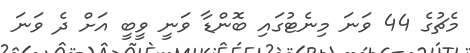
މެޗުގެ 44 ވަނަ މިނެޓުގައި ބޮންޑާ ވަނީ ވީބީ އަށް ދެ ވަނަ